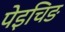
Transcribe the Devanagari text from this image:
पेइचिङ